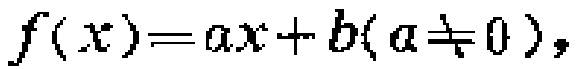
\(f(x)=ax + b(a\neq 0)\)